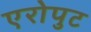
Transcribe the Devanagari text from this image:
एरोपुट